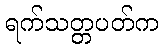
ရက်သတ္တပတ်က